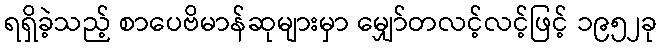
ရရှိခဲ့သည့် စာပေဗိမာန်ဆုများမှာ မျှော်တလင့်လင့်ဖြင့် ၁၉၅၂ခု